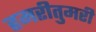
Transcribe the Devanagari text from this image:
हमरीतुमरी